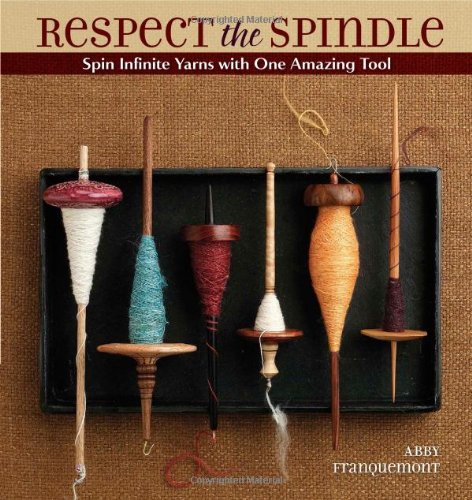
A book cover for Respect the Spindle; Abby Franquemont; Crafts, Hobbies & Home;